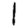
Digit: 1